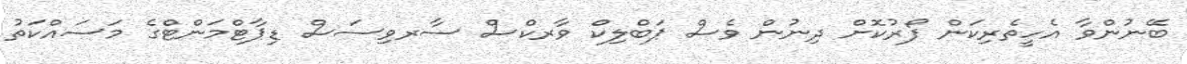
ބޭނުންވާ އެހީތެރިކަން ފޯރުކޮށް ދިނުން ވެސް ޕަބްލިކް ވާރކްސް ސާރވިސަސް ޑިޕާޓްމަންޓްގެ މަސައްކަތު